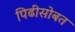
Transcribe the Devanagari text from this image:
पिढीसोबत